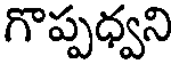
గొప్పధ్వని